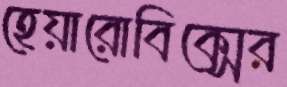
হেয়ারোবিক্সের